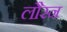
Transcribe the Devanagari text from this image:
लौरन